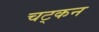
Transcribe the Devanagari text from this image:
चट्कन